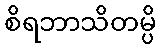
စိရဘာသိတမ္ပိ